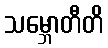
သမ္ဘောတီတိ